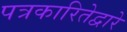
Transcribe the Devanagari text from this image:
पत्रकारितेद्वारे